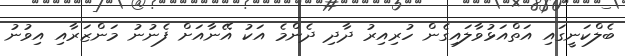
ބެލްކަނީގައި އަތްއަޅުވާލައިގެން ހުރިއިރު ދާދި ދެންމެ އަކު އޭނާއަށް ފެނުނު މަންޒަރާއި އިވުނު